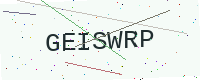
Text: GEISWRP